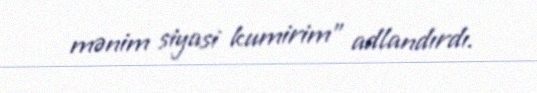
mənim siyasi kumirim" adlandırdı.